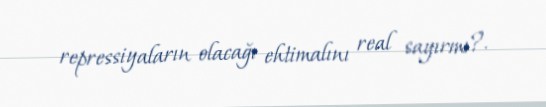
repressiyaların olacağı ehtimalını real sayırmı?.